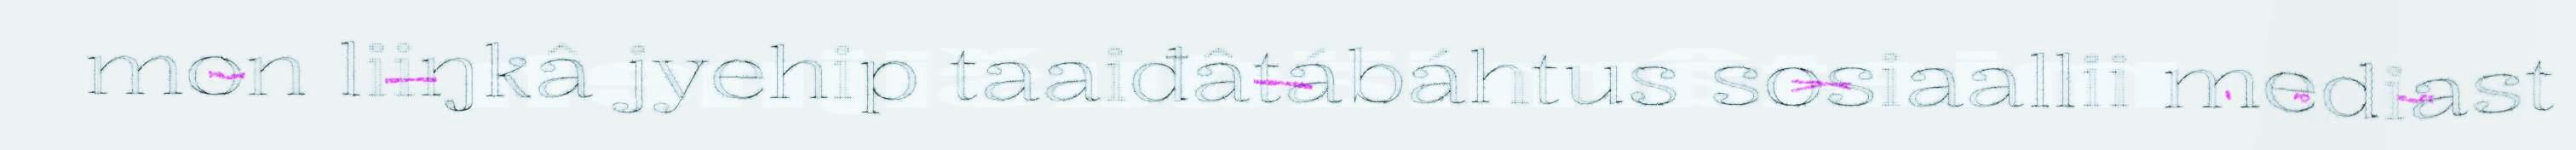
mon liiŋkâ jyehip taaiđâtábáhtus sosiaallii mediast